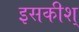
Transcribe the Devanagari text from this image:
इसकीश्